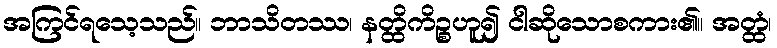
အကြင်ရသေ့သည်။ ဘာသိတဿ၊ နတ္ထိကိဉ္စဟူ၍ ငါဆိုသောစကား၏။ အတ္ထံ၊